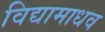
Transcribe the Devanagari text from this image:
विद्यामाधव